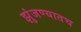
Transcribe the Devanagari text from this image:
झुंजण्यातच